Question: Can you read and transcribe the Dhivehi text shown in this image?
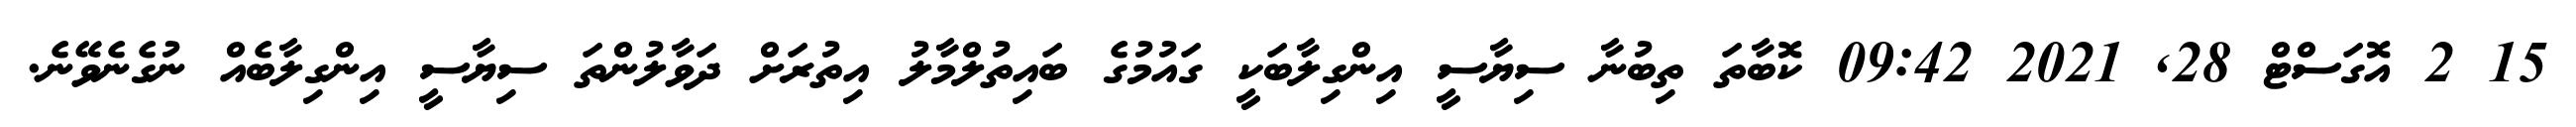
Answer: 15 2 އޮގަސްޓް 28, 2021 09:42 ކޮބާތަ ތިބުނާ ސިޔާސީ އިންގިލާބަކީ ގައުމުގެ ބައިތުލްމާލު އިތުރަށް ދަވާލުންތަ ސިޔާސީ އިންގިލާބެއް ނުގެނެވޭނެ.